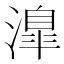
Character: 𣽎